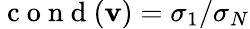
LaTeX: \mathrm{~c~o~n~d~}(\mathbf{v})=\sigma_{1}/\sigma_{N}